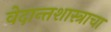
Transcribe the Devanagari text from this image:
वेदान्तशास्त्राचा